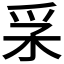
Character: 𤓽